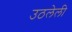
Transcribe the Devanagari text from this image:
उठलेली